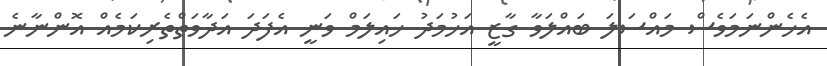
އެހެންނަމަވެސް މައްސަލަ ބައްލަވާ ގާޒީ އަހުމަދު ހައިލަމް ވަނީ އެފަދަ އަދާވަތްތެރިކަމެއް އޮންނާނެ